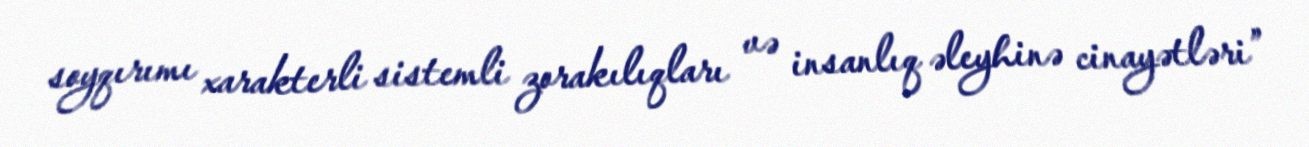
soyqırımı xarakterli sistemli zorakılıqları və insanlıq əleyhinə cinayətləri”